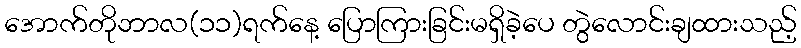
အောက်တိုဘာလ(၁၁)ရက်နေ့ ပြောကြားခြင်းမရှိခဲ့ပေ တွဲလောင်းချထားသည့်